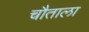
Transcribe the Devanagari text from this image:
चौताला